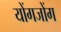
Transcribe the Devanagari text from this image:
योंगजोंग